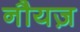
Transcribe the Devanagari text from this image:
नौयज़